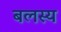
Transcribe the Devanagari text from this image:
बलस्य